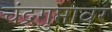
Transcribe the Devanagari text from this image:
चंद्रगुप्तावर